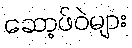
ဆော့ဖ်ဝဲများ